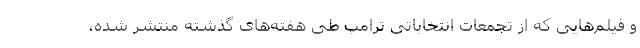
و فیلم‌هایی که از تجمعات انتخاباتی ترامپ طی هفته‌های گذشته منتشر شده،